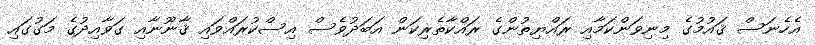
އެހެނަސް ޤައުމުގެ މިނިވަންކަމާއި ރައްޔިތުންގެ ރައްކާތެރިކަން އަބަދުވެސް އިސްކުރައްވައި ޤާނޫނާއި ގަވާއިދުގެ މަގުގައި